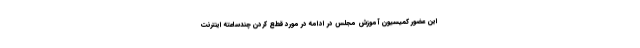
این عضور کمیسیون آموزش مجلس در ادامه در مورد قطع کردن چندساعته اینترنت